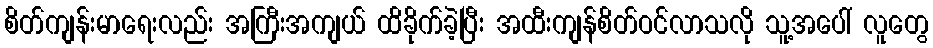
စိတ်ကျန်းမာရေးလည်း အကြီးအကျယ် ထိခိုက်ခဲ့ပြီး အထီးကျန်စိတ်ဝင်လာသလို သူ့အပေါ် လူတွေ